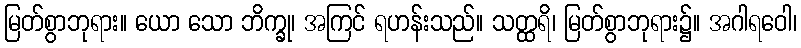
မြတ်စွာဘုရား။ ယော သော ဘိက္ခု၊ အကြင် ရဟန်းသည်။ သတ္ထရိ၊ မြတ်စွာဘုရား၌။ အဂါရဝေါ၊